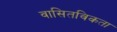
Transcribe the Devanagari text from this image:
वासितविकता